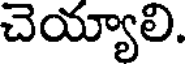
చెయ్యాలి.